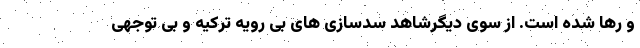
و رها شده است. از سوی دیگرشاهد سدسازی های بی رویه ترکیه و بی توجهی